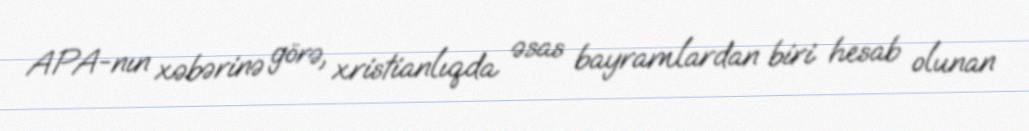
APA-nın xəbərinə görə, xristianlıqda əsas bayramlardan biri hesab olunan